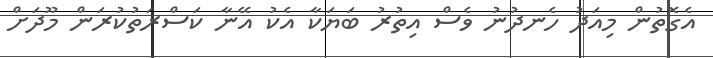
އެގޮތުން މިއަދު ހެނދުނު ވެސް އިތުރު ބަޔަކާ އެކު އޭނާ ކަސްރަތުކުރަން މޫދަށް